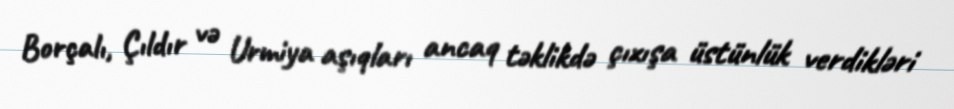
Borçalı, Çıldır və Urmiya aşıqları ancaq təklikdə çıxışa üstünlük verdikləri